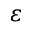
\varepsilon